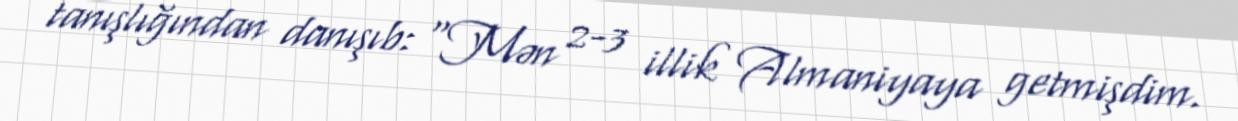
tanışlığından danışıb: "Mən 2-3 illik Almaniyaya getmişdim.